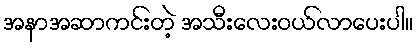
အနာအဆာကင်းတဲ့ အသီးလေးဝယ်လာပေးပါ။